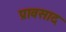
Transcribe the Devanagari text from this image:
प्रावसाद